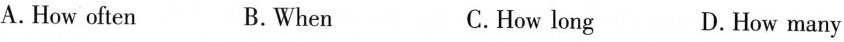
A.How often B.When C.How long D.How many